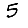
Digit: 5